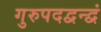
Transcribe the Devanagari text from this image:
गुरुपदद्वन्द्वं